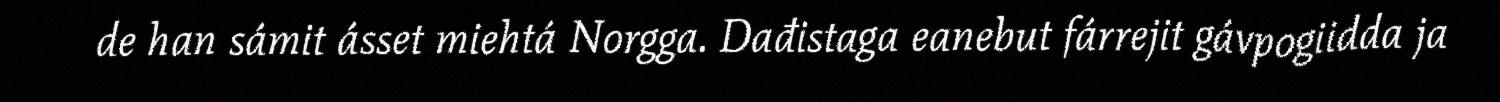
de han sámit ásset miehtá Norgga. Dađistaga eanebut fárrejit gávpogiidda ja